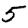
Digit: 5